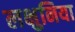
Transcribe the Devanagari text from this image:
लक्षुनिया